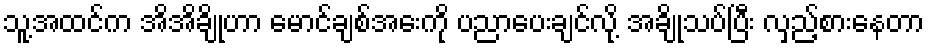
သူ့အထင်က အိအိချိုဟာ မောင်ချစ်အေးကို ပညာပေးချင်လို့ အချိုသပ်ပြီး လှည့်စားနေတာ